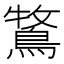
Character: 𮬾